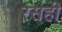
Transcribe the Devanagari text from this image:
रसही